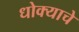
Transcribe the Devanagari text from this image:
धोक्‍याचे